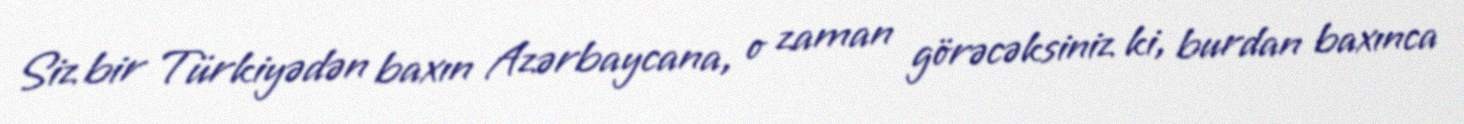
Siz bir Türkiyədən baxın Azərbaycana, o zaman görəcəksiniz ki, burdan baxınca